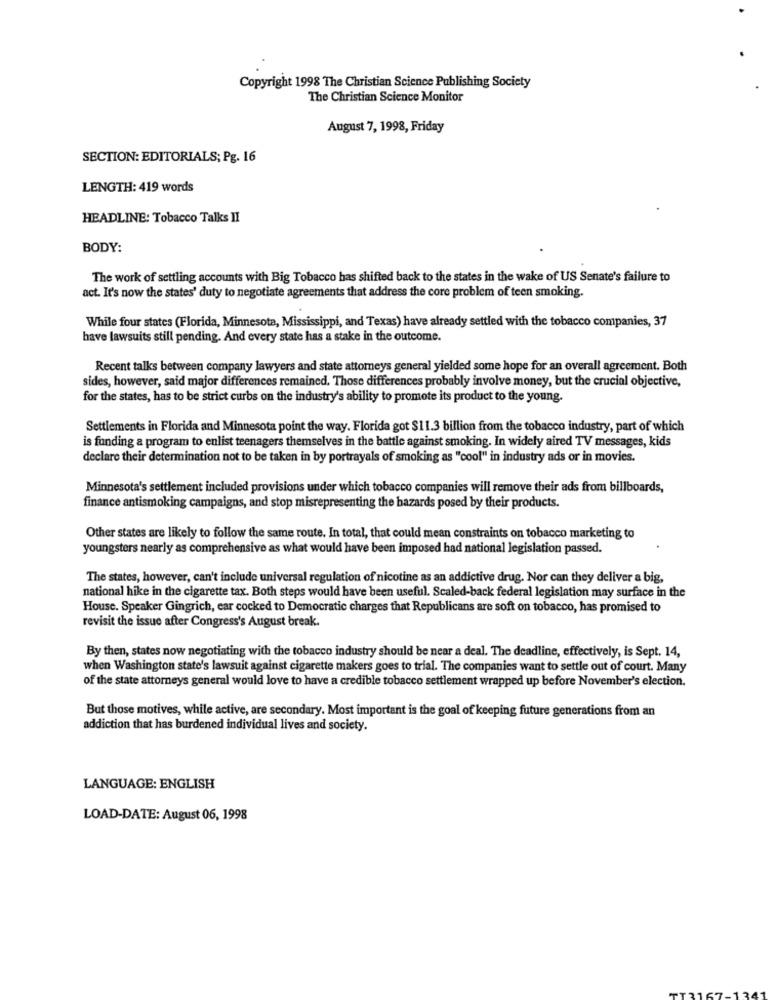
Copyright 1998 The Christian Science Publishing Society
The Christian Science Monitor
August 7, 1998, Friday
SECTION: EDITORIALS; Pg. 16
LENGTH: 419 words
HEADLINE: Tobacco Talks II
BODY:
The work of settling accounts with Big Tobacco has shifted back to the states in the wake of US Senate's failure to
act. It's now the states' duty to negotiate agreements that address the core problem of teen smoking.
While four states (Florida, Minnesota, Mississippi, and Texas) have already settled with the tobacco companies, 37
have lawsuits still pending. And every state has a stake in the outcome.
Recent talks between company lawyers and state attorneys general yielded some hope for an overall agreement. Both
sides, however, said major differences remained. Those differences probably involve money, but the crucial objective,
for the states, has to be strict curbs on the industry's ability to promote its product to the young.
Settlements in Florida and Minnesota point the way. Florida got $11.3 billion from the tobacco industry, part of which
is funding a program to enlist teenagers themselves in the battle against smoking. In widely aired TV messages, kids
declare their determination not to be taken in by portrayals of smoking as "cool" in industry ads or in movies.
Minnesota's settlement included provisions under which tobacco companies will remove their ads from billboards,
finance antismoking campaigns, and stop misrepresenting the hazards posed by their products.
Other states are likely to follow the same route. In total, that could mean constraints on tobacco marketing to
youngsters nearly as comprehensive as what would have been imposed had national legislation passed.
The states, however, can't include universal regulation of nicotine as an addictive drug. Nor can they deliver a big,
national hike in the cigarette tax. Both steps would have been useful. Scaled-back federal legislation may surface in the
House. Speaker Gingrich, car cocked to Democratic charges that Republicans are soft on tobacco, has promised to
revisit the issue after Congress's August break.
By then, states now negotiating with the tobacco industry should be near a deal. The deadline, effectively, is Sept. 14,
when Washington state's lawsuit against cigarette makers goes to trial. The companies want to settle out of court. Many
of the state attorneys general would love to have a credible tobacco settlement wrapped up before November's election.
But those motives, while active, are secondary. Most important is the goal of keeping future generations from an
addiction that has burdened individual lives and society.
LANGUAGE: ENGLISH
LOAD-DATE: August 06, 1998